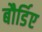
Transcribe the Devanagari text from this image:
बौर्डिए